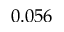
0 . 0 5 6